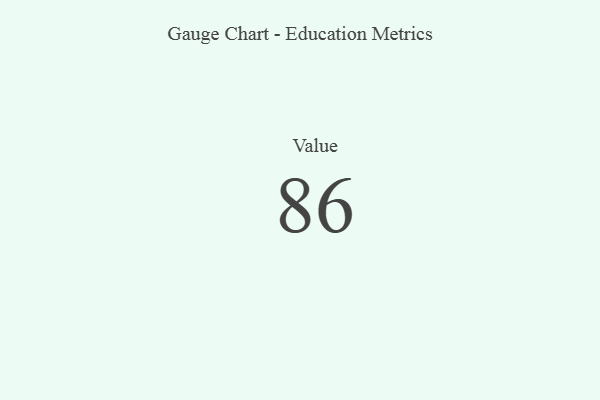
{"axis": {"x": "Metric", "y": "Value"}, "legend": [""], "data": [{"x": "Value", "y": 86, "type": ""}]}